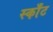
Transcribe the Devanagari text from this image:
स्काँट